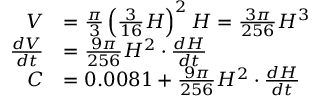
\begin{array} { r l } { V } & { = \frac { \pi } { 3 } \left( \frac { 3 } { 1 6 } H \right) ^ { 2 } H = \frac { 3 \pi } { 2 5 6 } H ^ { 3 } } \\ { \frac { d V } { d t } } & { = \frac { 9 \pi } { 2 5 6 } H ^ { 2 } \cdot \frac { d H } { d t } } \\ { C } & { = 0 . 0 0 8 1 + \frac { 9 \pi } { 2 5 6 } H ^ { 2 } \cdot \frac { d H } { d t } } \end{array}